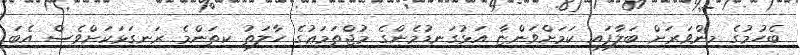
ބެހުމުގެ މިންވަރަށް ބަލާފައި ކަމަށްވަންޏާ އަޅުގަނޑުމެންގެ މުޖްތަމަޢުގެ ހާލަތު ކިތަންމެ ރަނގަޅަކަށްވެސް އެބަ